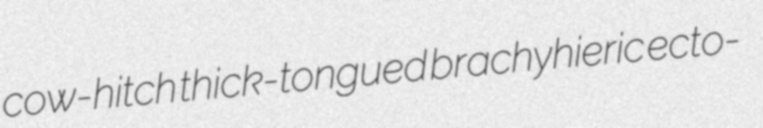
cow-hitch thick-tongued brachyhieric ecto-